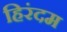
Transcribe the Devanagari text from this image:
हिरंदम